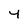
Character: 4